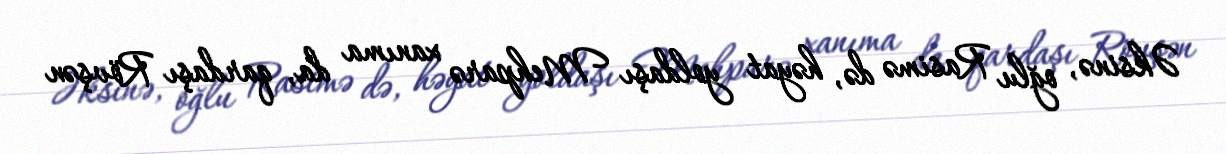
Əksinə, oğlu Rasimə də, həyat yoldaşı Mehparə xanıma da, qardaşı Rövşən